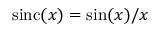
\mathrm { s i n c } ( x ) = \sin ( x ) / x